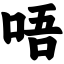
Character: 唔